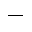
\_